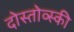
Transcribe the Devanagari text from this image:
दोस्तोव्स्की